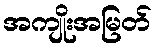
အကျိုးအမြတ်